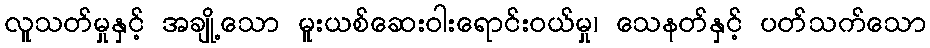
လူသတ်မှုနှင့် အချို့သော မူးယစ်ဆေးဝါးရောင်းဝယ်မှု၊ သေနတ်နှင့် ပတ်သက်သော